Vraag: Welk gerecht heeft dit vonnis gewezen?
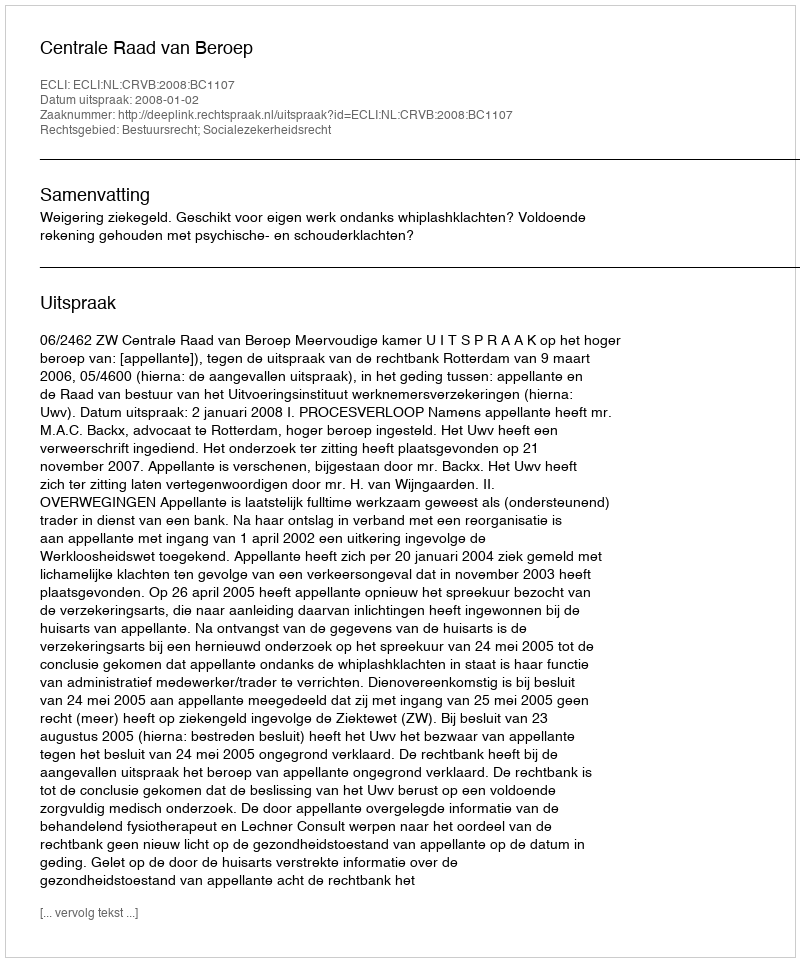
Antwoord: Centrale Raad van Beroep